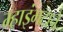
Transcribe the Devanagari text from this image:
म्हाइंभटाने